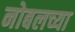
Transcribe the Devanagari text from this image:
नोबलच्या